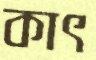
কাৎ